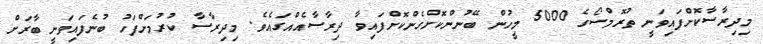
މިދިރާސާކޮށްފައިވަނީ ތުރޮމްސޯގެ 5000 މީހުން ބޭނުންކޮށްގެންކޮށްފައިވާ ދިރާސާއެއްގައެވެ. މިދިރާސާ ކުރުމަށްފަހު ބުނެފައިވަނީ ބާރަށް